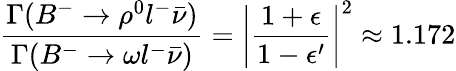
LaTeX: \frac{\Gamma(B^{-}\rightarrow\rho^{0}l^{-}\bar{\nu})}{\Gamma(B^{-}\rightarrow\omega l^{-}\bar{\nu})}=\left|\frac{1+\epsilon}{1-\epsilon^{\prime}}\right|^{2}\approx 1.172